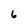
Character: 6